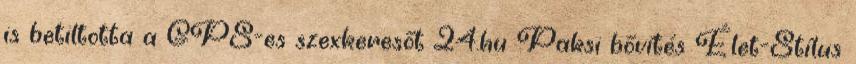
is betiltotta a GPS-es szexkeresőt 24.hu Paksi bővítés Élet-Stílus